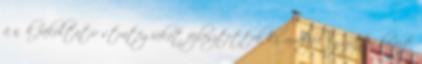
a nők fakultatív stratégiákat fejlesztettek ki, amelyek egyfajta kevert